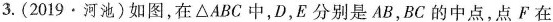
3. (2019·河池)如图，在\triangle ABC中，D，E分别是AB，BC的中点，点F在